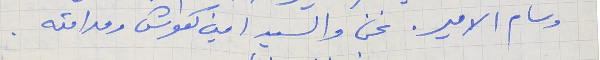
وسام الامير. نحن والسيد امين كعوش ومدامته .